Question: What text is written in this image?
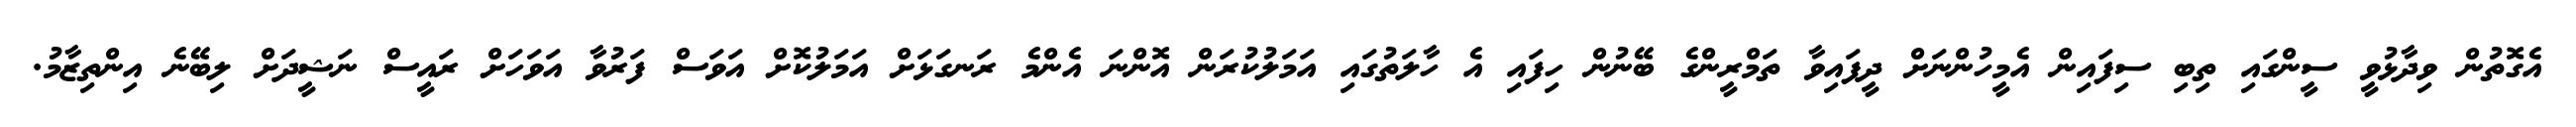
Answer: އެގޮތުން ވިދާޅުވީ ސީންގައި ތިބި ސިފައިން އެމީހުންނަށް ދީފައިވާ ތަމްރީންގެ ބޭނުން ހިފައި އެ ހާލަތުގައި އަމަލުކުރަން އޮންނަ އެންމެ ރަނގަޅަށް އަމަލުކޮށް އަވަސް ފަރުވާ އަވަހަށް ރައީސް ނަޝީދަށް ލިބޭނެ އިންތިޒާމު.